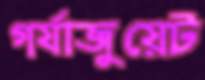
গর্যাজুয়েট